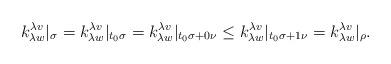
LaTeX: \begin{align*}k_{\lambda w}^{\lambda v}|_{\sigma}=k_{\lambda w}^{\lambda v}|_{t_{0}\sigma}=k_{\lambda w}^{\lambda v}|_{t_{0}\sigma+0\nu}\leq k_{\lambda w}^{\lambda v}|_{t_{0}\sigma+1\nu}=k_{\lambda w}^{\lambda v}|_{\rho}.\end{align*}